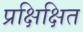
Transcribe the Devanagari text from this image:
प्रक्षिक्षित